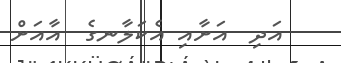
އަދި  އަށާއި އެކަލާނގެ  އާއަށް